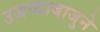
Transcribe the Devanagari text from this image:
उजव्याबाजुने